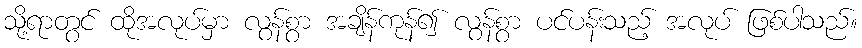
သို့ရာတွင် ထိုအလုပ်မှာ လွန်စွာ အချိန်ကုန်၍ လွန်စွာ ပင်ပန်းသည့် အလုပ် ဖြစ်ပါသည်။